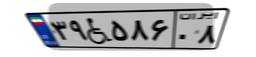
۳۹W۵۸۶۰۸